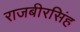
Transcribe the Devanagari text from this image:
राजबीरसिंह